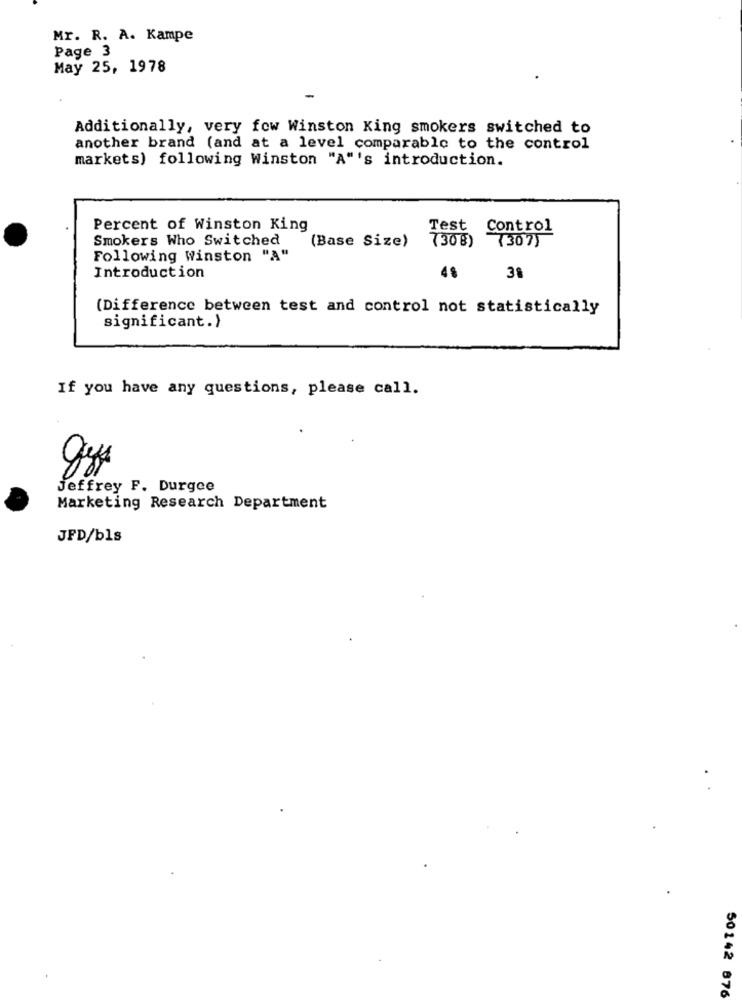
Mr. R. A. Kampe
Page 3
May 25, 1978
Additionally, very few Winston King smokers switched to
another brand (and at a level comparable to the control
markets) following Winston "A"'s introduction.
Percent of Winston King
Test Control
Smokers Who Switched
(Base Size)
7308) 7307)
Following Winston "A"
Introduction
4%
3%
(Difference between test and control not statistically
significant.)
If you have any questions, please call.
.
Jeffrey F. Durgce
Marketing Research Department
JFD/bls
50142 876